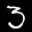
Label: 3